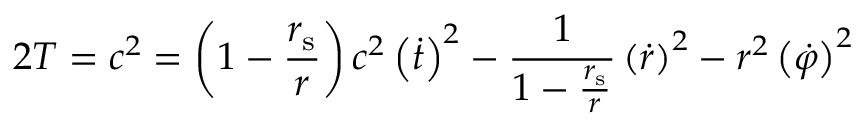
2 T = c ^ { 2 } = \left( 1 - { \frac { r _ { \mathrm { { s } } } } { r } } \right) c ^ { 2 } \left( { \dot { t } } \right) ^ { 2 } - { \frac { 1 } { 1 - { \frac { r _ { \mathrm { { s } } } } { r } } } } \left( { \dot { r } } \right) ^ { 2 } - r ^ { 2 } \left( { \dot { \varphi } } \right) ^ { 2 }